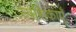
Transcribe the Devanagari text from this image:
स्पशिकाएँ